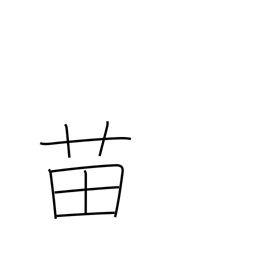
Meaning: seedling